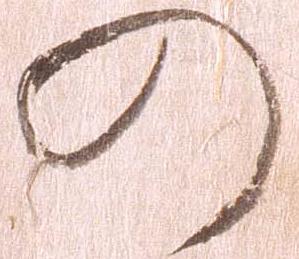
の